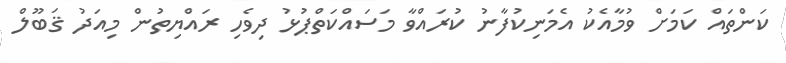
ކަންތައް ކަމަށް ވުމާއެކު އެމަނިކުފާނު ކުރައްވާ މަސައްކަތްޕުޅު ދިވެހި ރައްޔިތުން މިއަދު ޤަބޫލް